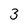
Character: 3